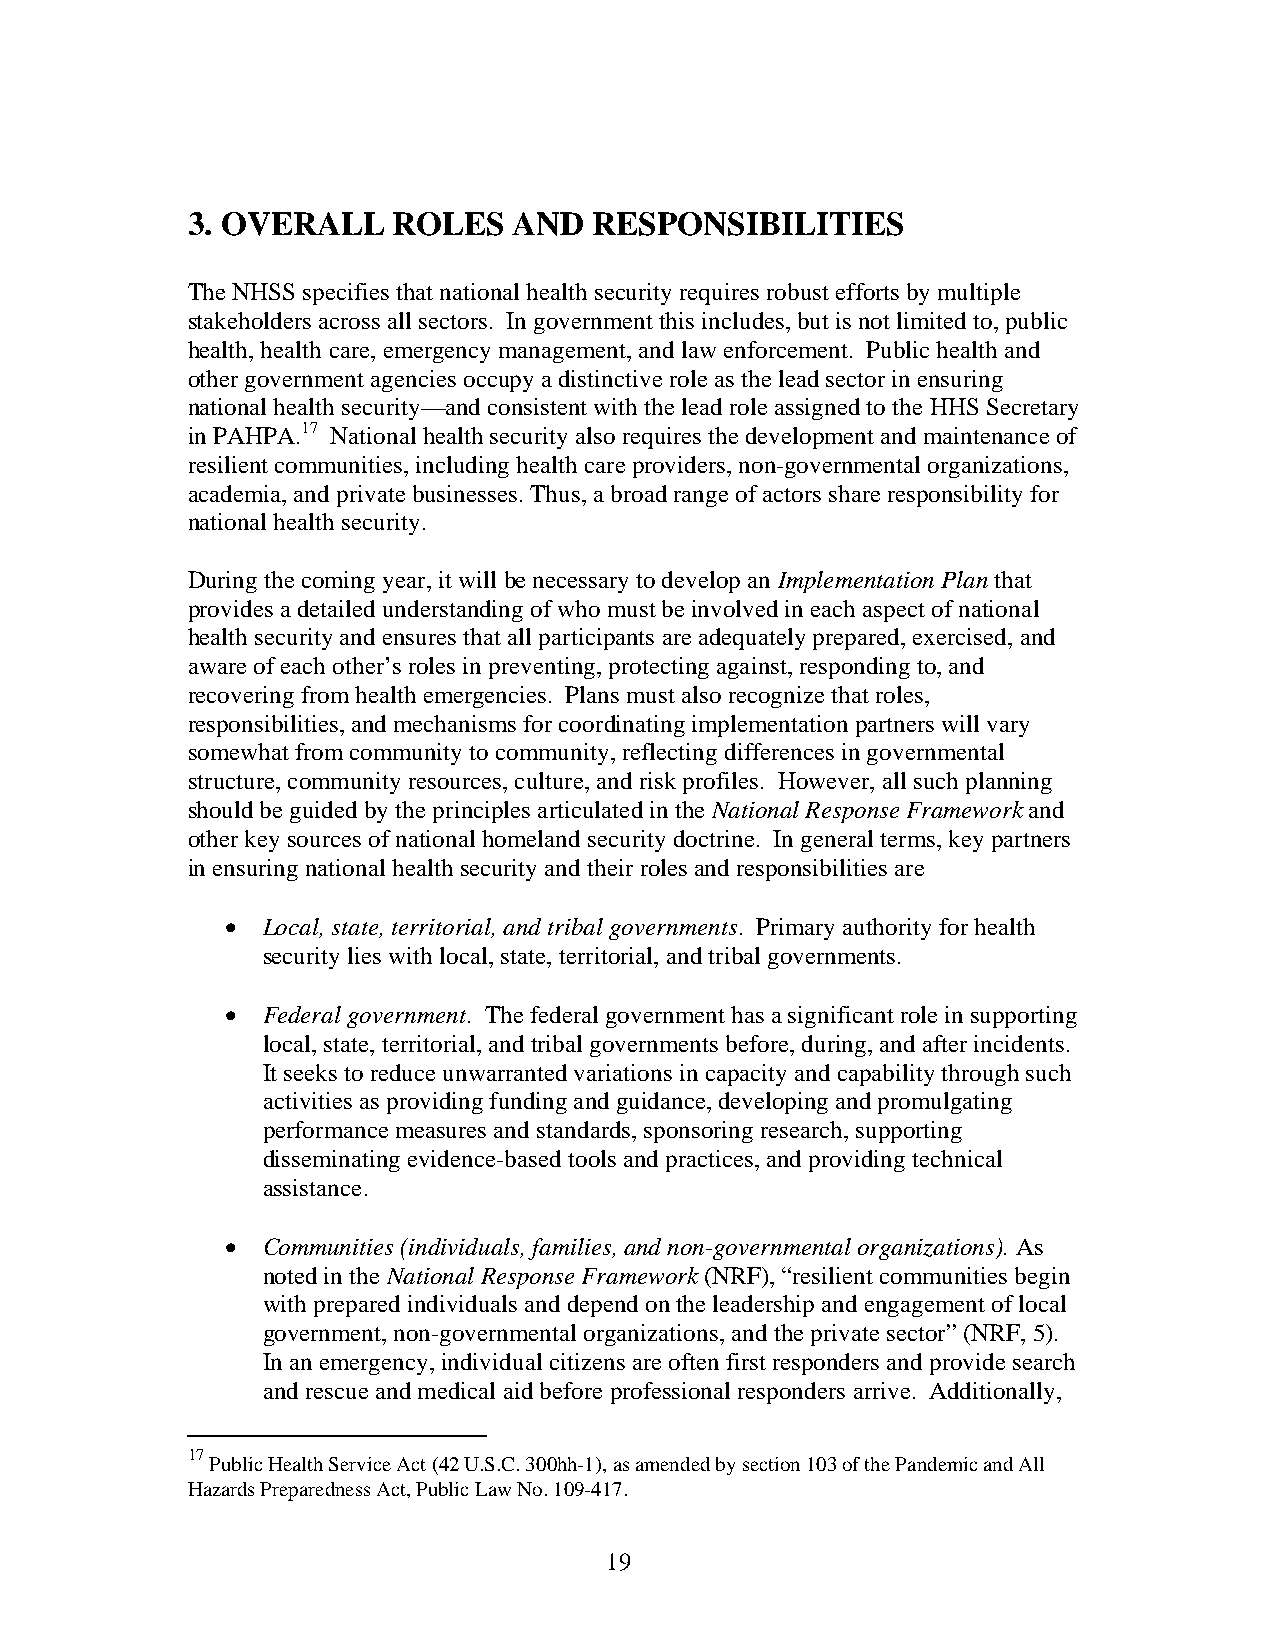
3. OVERALL    ROLES   AND  RESPONSIBILITIES
 The NHSS specifies that national health security requires robust efforts by multiple
 stakeholders across all sectors. In government this includes, but is not limited to, public
 health, health care, emergency management, and law enforcement. Public health and
 other government agencies occupy a distinctive role as the lead sector in ensuring
 national health security—and consistent with the lead role assigned to the HHS Secretary
 in PAHPA.17 National health security also requires the development and maintenance of
 resilient communities, including health care providers, non-governmental organizations,
 academia, and private businesses. Thus, a broad range of actors share responsibility for
 national health security.
 During the coming year, it will be necessary to develop an Implementation Plan that
 provides a detailed understanding of who must be involved in each aspect of national
 health security and ensures that all participants are adequately prepared, exercised, and
 aware of each other’s roles in preventing, protecting against, responding to, and
 recovering from health emergencies. Plans must also recognize that roles,
 responsibilities, and mechanisms for coordinating implementation partners will vary
 somewhat from community to community, reflecting differences in governmental
 structure, community resources, culture, and risk profiles. However, all such planning
 should be guided by the principles articulated in the National Response Framework and
 other key sources of national homeland security doctrine. In general terms, key partners
 in ensuring national health security and their roles and responsibilities are
  Local, state, territorial, and tribal governments. Primary authority for health
 security lies with local, state, territorial, and tribal governments.
  Federal government. The federal government has a significant role in supporting
 local, state, territorial, and tribal governments before, during, and after incidents.
 It seeks to reduce unwarranted variations in capacity and capability through such
 activities as providing funding and guidance, developing and promulgating
 performance measures and standards, sponsoring research, supporting
 disseminating evidence-based tools and practices, and providing technical
 assistance.
  Communities (individuals, families, and non-governmental organizations). As
 noted in the National Response Framework (NRF), “resilient communities begin
 with prepared individuals and depend on the leadership and engagement of local
 government, non-governmental organizations, and the private sector” (NRF, 5).
 In an emergency, individual citizens are often first responders and provide search
 and rescue and medical aid before professional responders arrive. Additionally,
 17
 Public Health Service Act (42 U.S.C. 300hh-1), as amended by section 103 of the Pandemic and All
 Hazards Preparedness Act, Public Law No. 109-417.
 19